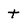
Character: t